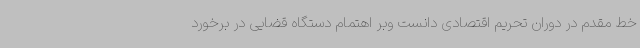
خط مقدم در دوران تحریم اقتصادی دانست وبر اهتمام دستگاه قضایی در برخورد